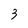
Character: 3